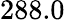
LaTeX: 288.0